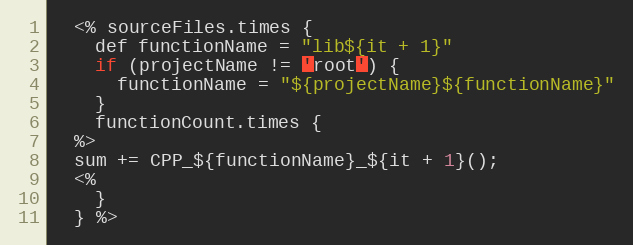
Language: C++
  <% sourceFiles.times {
    def functionName = "lib${it + 1}"
    if (projectName != 'root') {
      functionName = "${projectName}${functionName}"
    }
    functionCount.times {
  %>
  sum += CPP_${functionName}_${it + 1}();
  <%
    }
  } %>